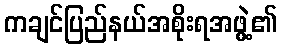
ကချင်ပြည်နယ်အစိုးရအဖွဲ့၏